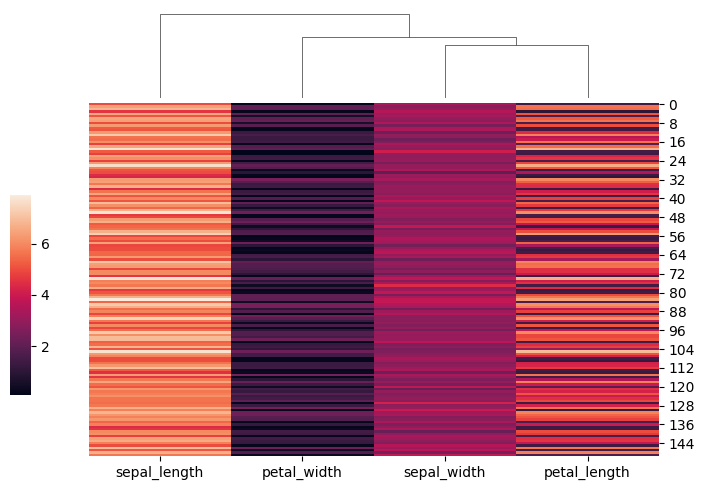
python, seaborn, clustermap, figsize=(7, 5), row_cluster=False, dendrogram_ratio=(0.1, 0.2), cbar_pos=(0, 0.2, 0.03, 0.4)